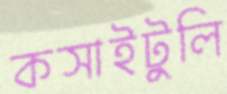
কসাইটুলি